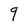
Character: q